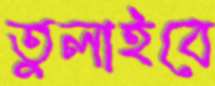
তুলাইবে